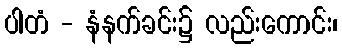
ပါတံ - နံနက်ခင်း၌ လည်းကောင်း၊